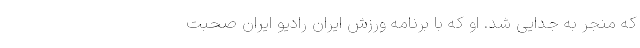
که منجر به جدایی شد. او که با برنامه ورزش ایران رادیو ایران صحبت